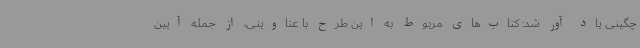
چگینی یاد آور شد: کتاب‌های مربوط به این طرح با عناوینی، از جمله آیین